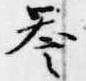
誉